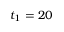
t _ { 1 } = 2 0